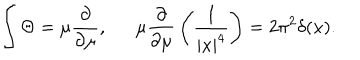
LaTeX: \int \Theta = \mu { \frac { \partial } { \partial \mu } } , \mu { \frac { \partial } { \partial \mu } } \left( { \frac { 1 } { | x | ^ { 4 } } } \right) = 2 \pi ^ { 2 } \delta ( x ) .